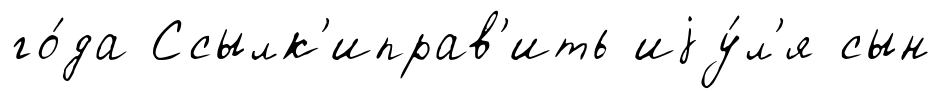
го́да Ссылк'иправ'ить иjу́л'я сын